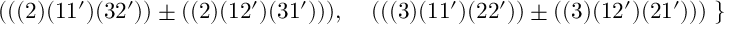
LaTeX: \; \; \; \; \; ( ( ( 2 ) ( 1 1 ^ { \prime } ) ( 3 2 ^ { \prime } ) ) \pm ( ( 2 ) ( 1 2 ^ { \prime } ) ( 3 1 ^ { \prime } ) ) ) , \; \; \; \; ( ( ( 3 ) ( 1 1 ^ { \prime } ) ( 2 2 ^ { \prime } ) ) \pm ( ( 3 ) ( 1 2 ^ { \prime } ) ( 2 1 ^ { \prime } ) ) ) \; \}